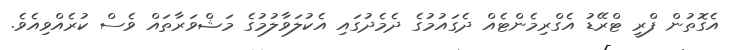
އެގޮތުން ފްރީ ޓްރޭޑު އެގްރިމެންޓެއް ދެގައުމުގެ ދެމެދުގައި އެކުލަވާލުމުގެ މަޝްވަރާތައް ވެސް ކުރެއްވިއެވެ.